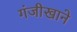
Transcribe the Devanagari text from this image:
गंजीखाने